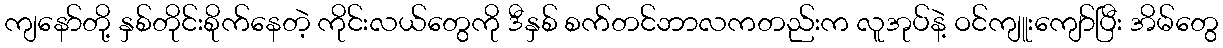
ကျနော်တို့ နှစ်တိုင်းစိုက်နေတဲ့ ကိုင်းလယ်တွေကို ဒီနှစ် စက်တင်ဘာလကတည်းက လူအုပ်နဲ့ ဝင်ကျူးကျော်ပြီး အိမ်တွေ